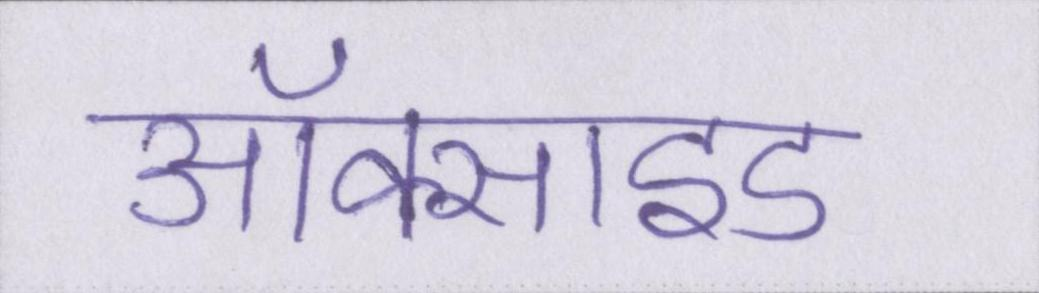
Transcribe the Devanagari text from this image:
ऑक्साइड